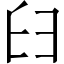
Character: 𦥑